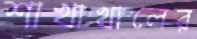
শাখাখালের